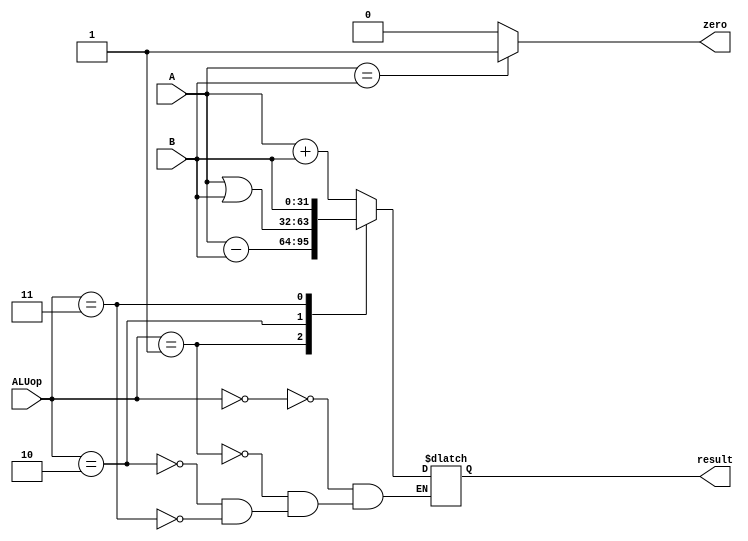
`timescale 1ns / 1ps
//////////////////////////////////////////////////////////////////////////////////
// Company: 
// Engineer: 
// 
// Design Name: 
// Module Name:    ALU 
// Project Name: 
// Target Devices: 
// Tool versions: 
// Description: 
//
// Dependencies: 
//
// Revision: 
// Revision 0.01 - File Created
// Additional Comments: 
//
//////////////////////////////////////////////////////////////////////////////////
module ALU(
    input [31:0] A,
    input [31:0] B,
    input [2:0] ALUop,
    output reg [31:0] result,
    output zero
    );
	 
	 assign zero = (A == B)? 1:0;// seems that we dont need this sentence, CMP is in D level 
	 always @(*) begin
		case(ALUop)
		  3'b000:
			begin
				result = A + B;
			end
		  
		  3'b001:
		   begin
				result = A - B;
			end
			
		  3'b010:
		   begin
				result = A | B;
			
			end
			
		  3'b011:
		   begin
				result = B;
			end
		  
		  endcase
		  
	 end
	 


endmodule